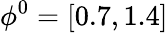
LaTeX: \phi^{0}=[0.7,1.4]